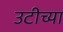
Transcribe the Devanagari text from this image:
उटीच्या